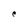
Character: C